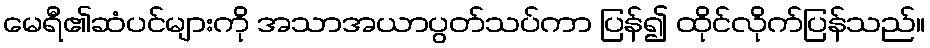
မေရီ၏ဆံပင်များကို အသာအယာပွတ်သပ်ကာ ပြန်၍ ထိုင်လိုက်ပြန်သည်။